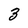
Character: 3